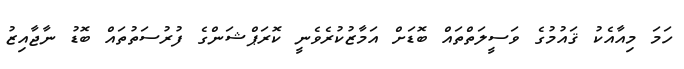
ހަމަ މިއާއެކު ޤައުމުގެ ވަސީލަތްތައް ބޮޑަށް އަމާޒުކުރެވެނީ ކޮރަޕްޝަންގެ ފުރުސަތުތައް ބޮޑު ނާޖާއިޒު